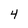
Character: 4